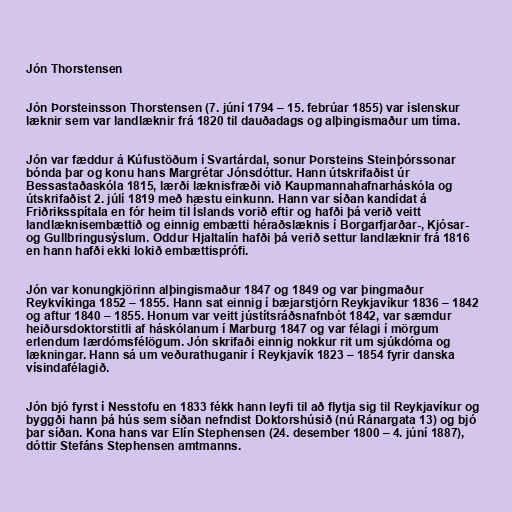
Jón Thorstensen

Jón Þorsteinsson Thorstensen (7. júní 1794 – 15. febrúar 1855) var íslenskur
læknir sem var landlæknir frá 1820 til dauðadags og alþingismaður um tíma.

Jón var fæddur á Kúfustöðum í Svartárdal, sonur Þorsteins Steinþórssonar
bónda þar og konu hans Margrétar Jónsdóttur. Hann útskrifaðist úr
Bessastaðaskóla 1815, lærði læknisfræði við Kaupmannahafnarháskóla og
útskrifaðist 2. júlí 1819 með hæstu einkunn. Hann var síðan kandídat á
Friðriksspítala en fór heim til Íslands vorið eftir og hafði þá verið veitt
landlæknisembættið og einnig embætti héraðslæknis í Borgarfjarðar-, Kjósar-
og Gullbringusýslum. Oddur Hjaltalín hafði þá verið settur landlæknir frá 1816
en hann hafði ekki lokið embættisprófi.

Jón var konungkjörinn alþingismaður 1847 og 1849 og var þingmaður
Reykvíkinga 1852 – 1855. Hann sat einnig í bæjarstjórn Reykjavíkur 1836 – 1842
og aftur 1840 – 1855. Honum var veitt jústítsráðsnafnbót 1842, var sæmdur
heiðursdoktorstitli af háskólanum í Marburg 1847 og var félagi í mörgum
erlendum lærdómsfélögum. Jón skrifaði einnig nokkur rit um sjúkdóma og
lækningar. Hann sá um veðurathuganir í Reykjavík 1823 – 1854 fyrir danska
vísindafélagið.

Jón bjó fyrst í Nesstofu en 1833 fékk hann leyfi til að flytja sig til Reykjavíkur og
byggði hann þá hús sem síðan nefndist Doktorshúsið (nú Ránargata 13) og bjó
þar síðan. Kona hans var Elín Stephensen (24. desember 1800 – 4. júní 1887),
dóttir Stefáns Stephensen amtmanns.